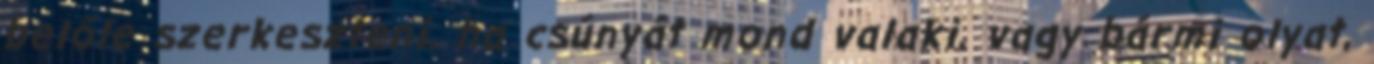
belőle szerkeszteni, ha csúnyát mond valaki, vagy bármi olyat,